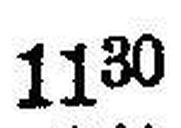
1130